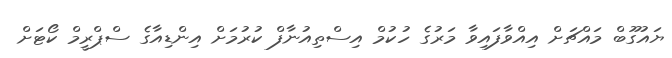
ޔައުގޫބް މައްޗަށް އިއްވާފައިވާ މަރުގެ ހުކުމް އިސްތިއުނާފް ކުރުމަށް އިންޑިއާގެ ސްޕްރީމް ކޯޓަށް